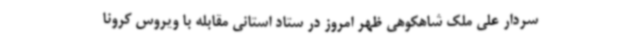
سردار علی ملک شاهکوهی ظهر امروز در ستاد استانی مقابله با ویروس کرونا